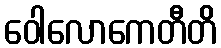
ဝေါလောကေတီတိ